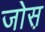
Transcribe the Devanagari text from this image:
जोस़